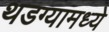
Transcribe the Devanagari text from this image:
थडग्यामध्ये